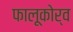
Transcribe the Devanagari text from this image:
फालूकोर्व